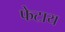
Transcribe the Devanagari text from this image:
फेटाय